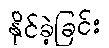
နိုင်ခဲ့ခြင်း